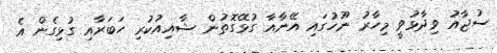
ސުޖާއު ވިދާޅުވީ މިހާރު ނޫހުގައި އޭނާއާ ގުޅޭގޮތުން ޝާއިއުކުރި ހަބަރާއި ގުޅިގެން އެ